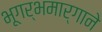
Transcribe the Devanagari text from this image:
भूगर्भमार्गाने